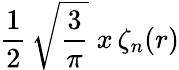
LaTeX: \frac{1}{2}\, \sqrt{\frac{3}{\pi}}\; x\, \zeta_{n}(r)